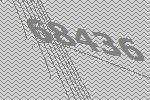
68436